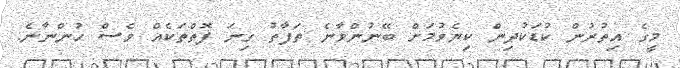
މީގެ އިތުރުން ކުޑަކުދިން ކިޔެވުމަށް ބޭނުންވާނެ ތަފާތު ގިނަ ފޮތްތަކެއް ވެސް ހުންނާނެ.